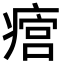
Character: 𤹜